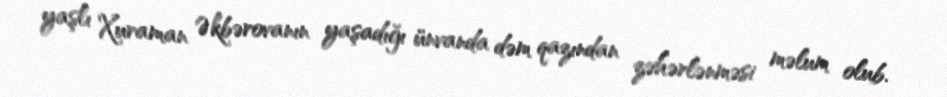
yaşlı Xuraman Əkbərovanın yaşadığı ünvanda dəm qazından zəhərlənməsi məlum olub.